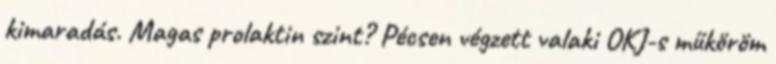
kimaradás. Magas prolaktin szint? Pécsen végzett valaki OKJ-s műköröm